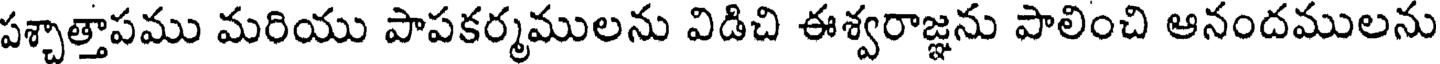
పశ్చాత్తాపము మరియు పాపకర్మములను విడిచి ఈశ్వరాజ్ఞను పాలించి ఆనందములను